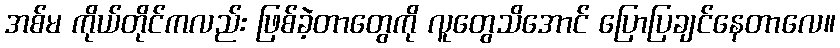
အစ်မ ကိုယ်တိုင်ကလည်း ဖြစ်ခဲ့တာတွေကို လူတွေသိအောင် ပြောပြချင်နေတာလေ။